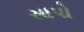
સાપો